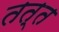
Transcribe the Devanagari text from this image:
तत्त